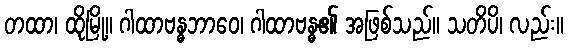
တထာ၊ ထိုမြို့။ ဂါထာဗန္ဓဘာဝေ၊ ဂါထာဗန္ဓ၏ အဖြစ်သည်။ သတိပိ၊ လည်း။